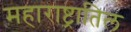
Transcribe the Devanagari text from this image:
महाराष्ट्रातिल